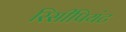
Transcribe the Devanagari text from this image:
रिसीपियंट